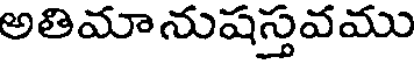
అతిమానుషస్తవము